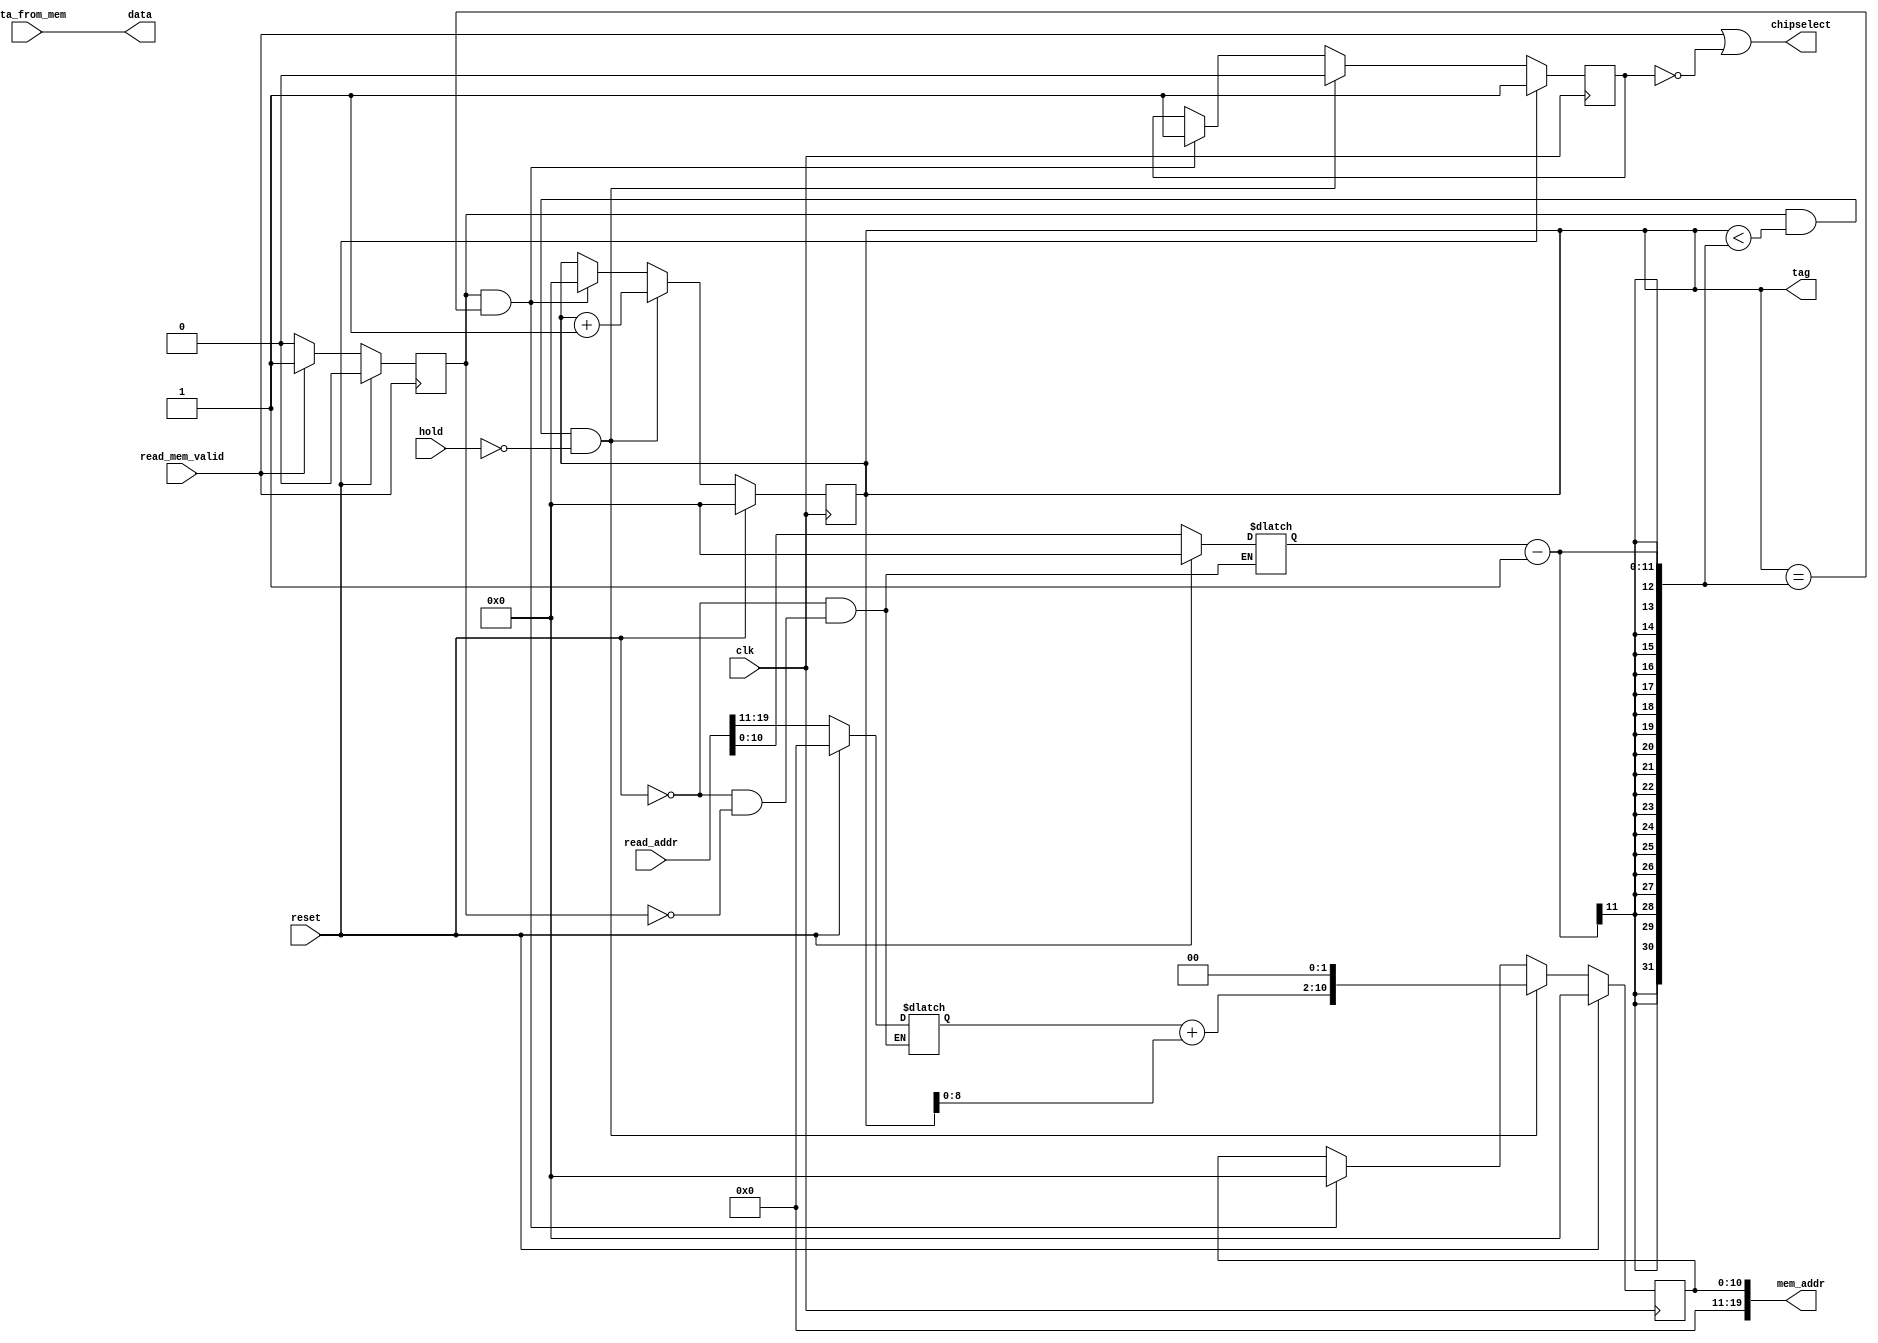
`timescale 1 ps / 1 ps
module mem #(
		parameter cpu_width = 32,
		parameter packetizer_width = 128,
		parameter data_width = 32,
		parameter mem_width = 32,
		parameter mem_depth = 11,
		parameter threshold  = 16,
		parameter SIZE = 3
)(
	   input wire  clk,
		input wire reset,
		input wire hold,
		input wire [data_width-1:0] read_addr,       //21~11: address, 10:0 size
		input wire read_mem_valid,
		output wire [data_width-1:0] data,		
		output reg [10:0] tag,
		////////////////////////////////////connectiing to the main mem//////////////////////////////////////////////
		output wire chipselect,								//this one goes into the main mem
		output wire [19:0] mem_addr,						//this one goes into the main mem of each processor
		input wire [data_width-1:0] data_from_mem
		
);

reg start;
reg end_read;
reg [10:0] size;
reg [10:0] base_addr, addr_local; 

assign mem_addr = {9'b0,addr_local};
assign chipselect = read_mem_valid || (~end_read);
assign data = data_from_mem;

/* when there is a posedge of read memory valid signal, hold start for the size of the message*/
always @ (posedge read_mem_valid)
	if (reset) begin
		start = 1'b0;
	end 
	else if (read_mem_valid)begin
		start = 1'b1;
	end 
	else begin
		start = 1'b0;
	end
	
always @ (start, reset) 
	if (reset) begin
		size = 11'b0;
		base_addr = 11'b0;
	end
	else if (start) begin
		size = read_addr[10:0]; 
		base_addr = read_addr[21:11];
	end
	
always @ (posedge clk) 
begin : TAG_GENERATOR
	if (reset) begin
			tag <= 11'b0;
			addr_local <= 11'b0;
			end_read <= 1'b1;
	end 
	else if (start && (tag < size-1) && (~hold)) begin
			end_read <= 1'b0;
			tag <= tag + 11'b1;
			addr_local <= base_addr + tag<<2;
	end else if (start && (tag == size -1)) begin
			end_read <= 1'b1;
			tag <= 11'b0;
			addr_local <= 11'b0; 
	end
end 





endmodule